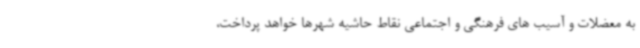
به معضلات و آسیب های فرهنگی و اجتماعی نقاط حاشیه شهرها خواهد پرداخت،